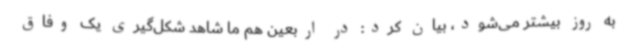
به روز بیشتر می‌شود، بیان کرد:‌ در اربعین هم ما شاهد شکل‌گیری یک وفاق